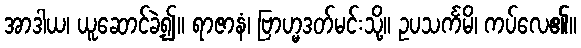
အာဒါယ၊ ယူဆောင်ခဲ့၍။ ရာဇာနံ၊ ဗြာဟ္မဒတ်မင်းသို့။ ဥပသင်္ကမိ၊ ကပ်လေ၏။